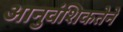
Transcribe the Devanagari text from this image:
आनुवंशिकतेने